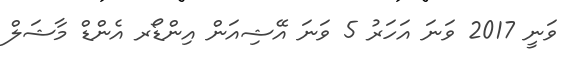
ވަނީ 2017 ވަނަ އަހަރު 5 ވަނަ އޭޝިއަން އިންޑޯރ އެންޑް މާޝަލް